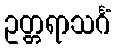
ဥတ္တရာသင်္ဂံ